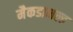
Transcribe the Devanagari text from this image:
मैकडानल्ड